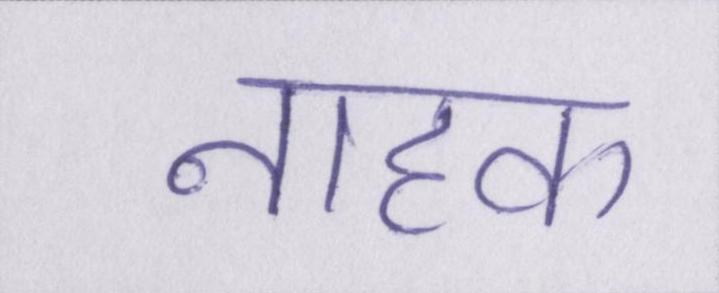
नाहक